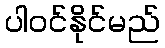
ပါဝင်နိုင်မည်